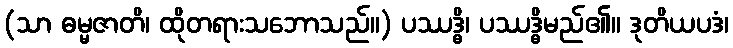
(သာ ဓမ္မဇာတိ၊ ထိုတရားသဘောသည်။) ပဿဒ္ဓိ၊ ပဿဒ္ဓိမည်၏။ ဒုတိယပဒံ၊